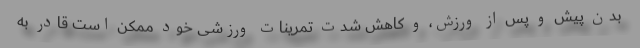
بدن پیش و پس از ورزش، و کاهش شدت تمرینات ورزشی خود ممکن است قادر به